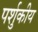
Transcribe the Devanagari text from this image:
पर्शुकीय